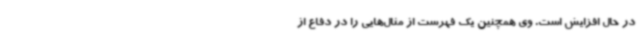
در حال افزایش است. وی همچنین یک فهرست از مثال‌هایی را در دفاع از